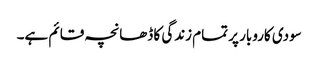
سودی کاروبار پر تمام زندگی کا ڈھانچہ قائم ہے۔